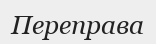
Переправа